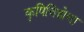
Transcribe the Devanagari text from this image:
कृषिविद्येचा